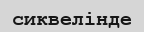
сиквелінде